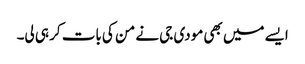
ایسے میں بھی مودی جی نے من کی بات کر ہی لی۔